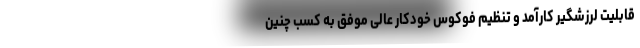
قابلیت لرزشگیر کارآمد و تنظیم فوکوس خودکار عالی موفق به کسب چنین